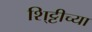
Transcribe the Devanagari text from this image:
शि्ट्टीच्या